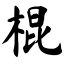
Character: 棍